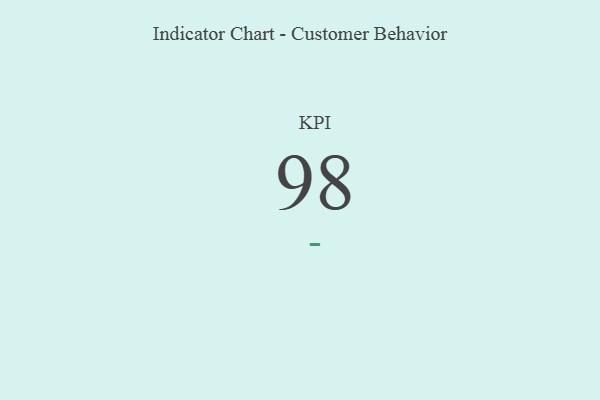
{"axis": {"x": "KPI", "y": "Value"}, "legend": [""], "data": [{"x": "KPI", "y": 98, "type": ""}]}